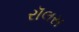
રૉલસ